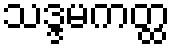
သဒ္ဒမကတ္ထ